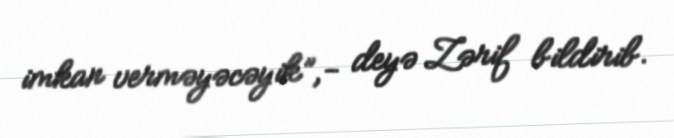
imkan verməyəcəyik”,- deyə Zərif bildirib.